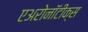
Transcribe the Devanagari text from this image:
एअरोनॉटीक्स